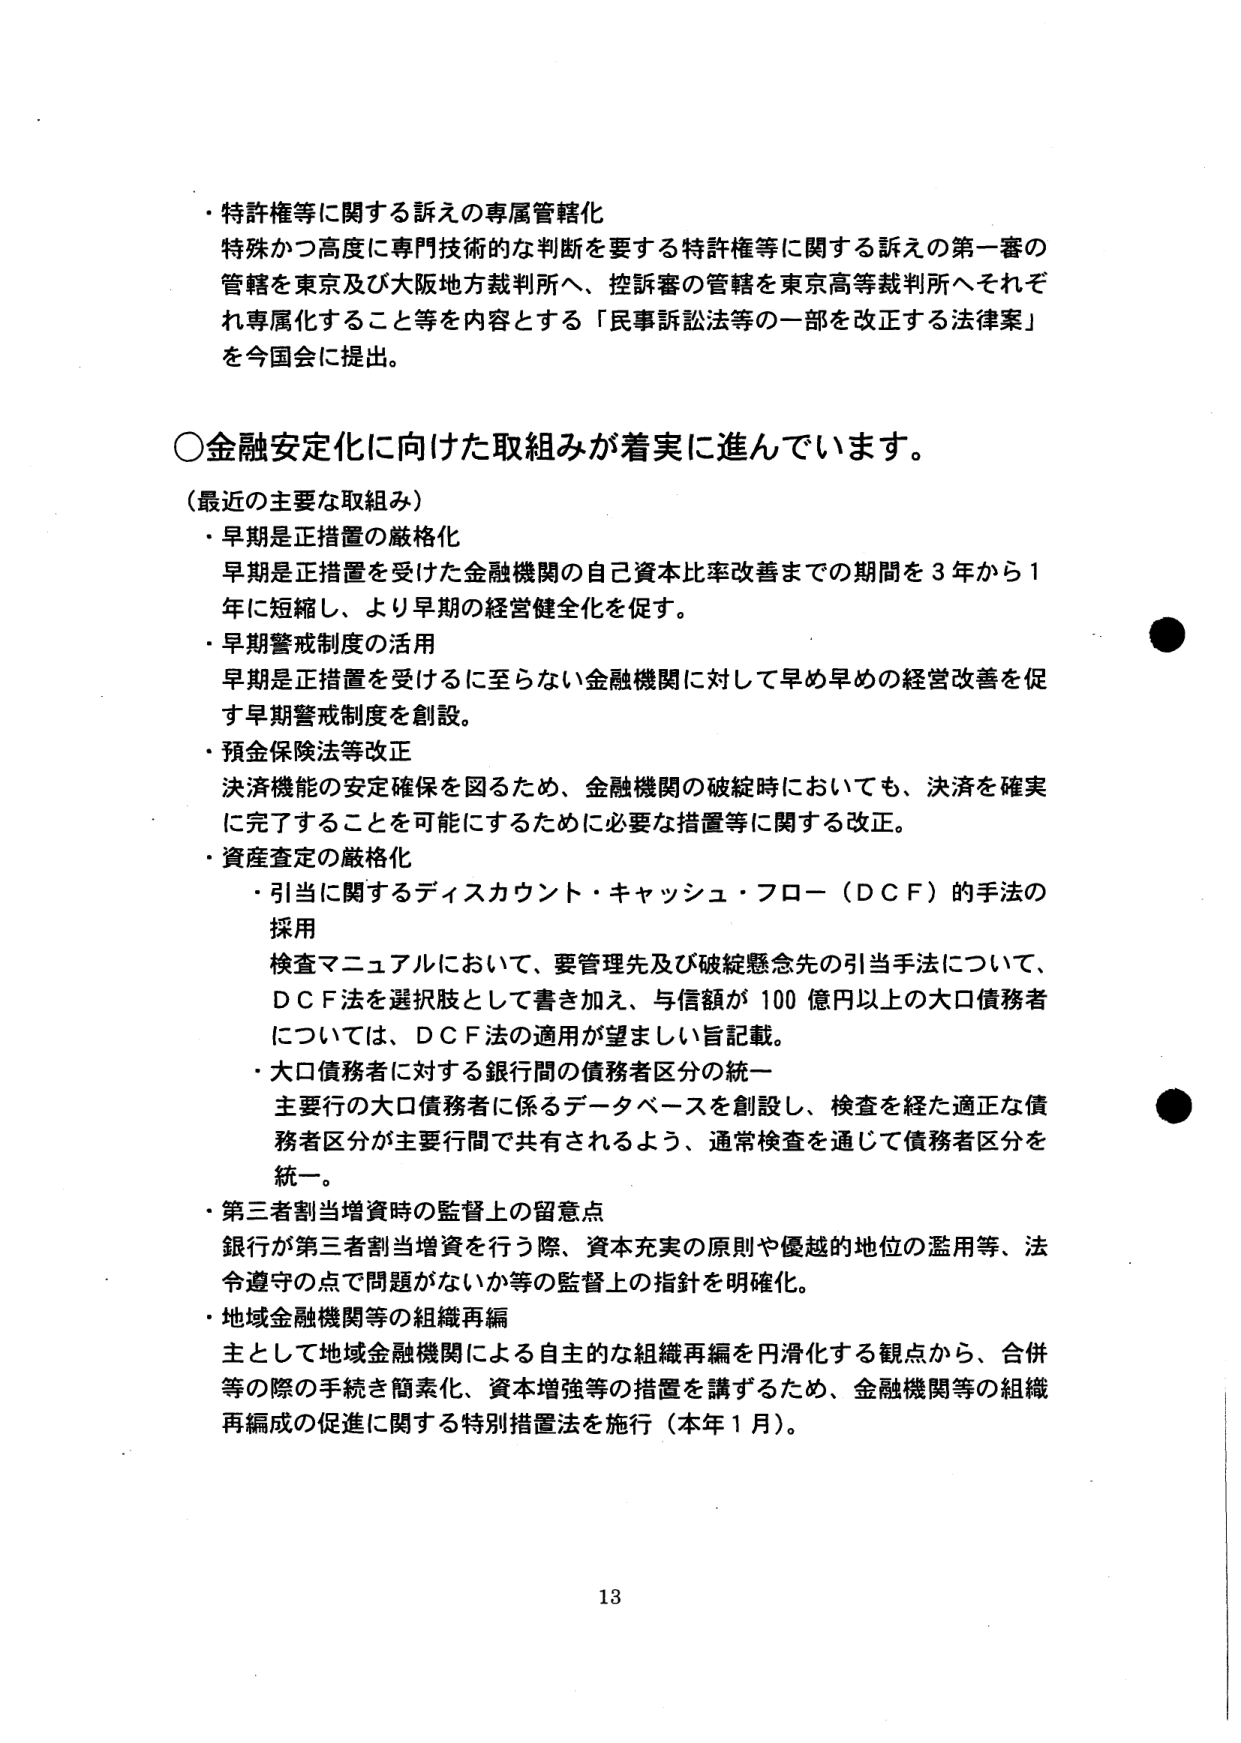
・特許権等に関する訴えの専属管轄化
特殊かつ高度に専門技術的な判断を要する特許権等に関する訴えの第一審の
管轄を東京及び大阪地方裁判所へ、控訴審の管轄を東京高等裁判所へそれぞ
れ専属化すること等を内容とする「民事訴訟法等の一部を改正する法律案」
を今国会に提出。

○金融安定化に向けた取組みが着実に進んでいます。
（最近の主要な取組み）
・早期是正措置の厳格化
早期是正措置を受けた金融機関の自己資本比率改善までの期間を３年から１
年に短縮し、より早期の経営健全化を促す。
・早期警戒制度の活用
早期是正措置を受けるに至らない金融機関に対して早め早めの経営改善を促
す早期警戒制度を創設。
・預金保険法等改正
決済機能の安定確保を図るため、金融機関の破綻時においても、決済を確実
に完了することを可能にするために必要な措置等に関する改正。
・資産査定の厳格化
　・引当に関するディスカウント・キャッシュ・フロー（ＤＣＦ）的手法の
　　採用
　検査マニュアルにおいて、要管理先及び破綻懸念先の引当手法について、
　ＤＣＦ法を選択肢として書き加え、与信額が100億円以上の大口債務者
　については、ＤＣＦ法の適用が望ましい旨記載。
　・大口債務者に対する銀行間の債務者区分の統一
　主要行の大口債務者に係るデータベースを創設し、検査を経た適正な債
　務者区分が主要行間で共有されるよう、通常検査を通じて債務者区分を
　統一。
・第三者割当増資時の監督上の留意点
銀行が第三者割当増資を行う際、資本充実の原則や優越的地位の濫用等、法
令遵守の点で問題がないか等の監督上の指針を明確化。
・地域金融機関等の組織再編
主として地域金融機関による自主的な組織再編を円滑化する観点から、合併
等の際の手続き簡素化、資本増強等の措置を講ずるため、金融機関等の組織
再編成の促進に関する特別措置法を施行（本年１月）。

13